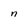
Character: n